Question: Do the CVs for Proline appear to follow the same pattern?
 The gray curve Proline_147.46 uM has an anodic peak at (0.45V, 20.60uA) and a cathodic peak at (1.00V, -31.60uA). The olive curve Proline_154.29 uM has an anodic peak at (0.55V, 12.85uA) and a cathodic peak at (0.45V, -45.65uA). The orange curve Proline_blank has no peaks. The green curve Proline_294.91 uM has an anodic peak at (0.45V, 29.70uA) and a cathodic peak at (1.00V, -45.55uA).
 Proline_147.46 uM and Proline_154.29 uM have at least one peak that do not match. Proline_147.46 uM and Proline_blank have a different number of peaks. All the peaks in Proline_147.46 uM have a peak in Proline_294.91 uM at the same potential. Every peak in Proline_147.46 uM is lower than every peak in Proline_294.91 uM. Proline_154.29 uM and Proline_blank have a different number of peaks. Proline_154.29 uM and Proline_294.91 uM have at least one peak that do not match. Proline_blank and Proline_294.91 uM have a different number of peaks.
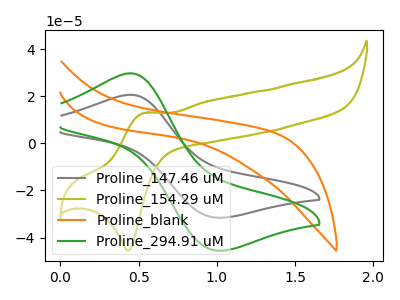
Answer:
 <answer>All the CV's of "Proline" have similar shape.</answer>
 <eval>follow_rule</eval>